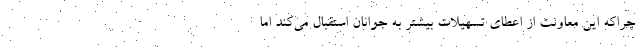
چراکه این معاونت از اعطای تسهیلات بیشتر به جوانان استقبال می‌کند اما